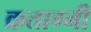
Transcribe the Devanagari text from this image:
क्रताग्नी